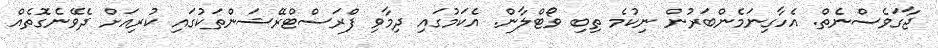
ޖާގަވެސްނެތް. އެހާގިނަމެންބަރުން ނިކުމެ ތިބި ވޯޓްލާން. އެކަމުގައި ދިމާވި ފްރަސްޓްރޭޝަންތަކުގައި ކުރިއަށް ދެވޭނެގޮތެއް